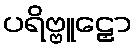
ပရိဗ္ဗူဠှော